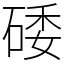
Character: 𥓔